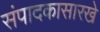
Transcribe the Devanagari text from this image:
संपादकासारखे